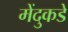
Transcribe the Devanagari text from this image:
मेंदुकडे